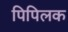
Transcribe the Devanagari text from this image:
पिपिलक